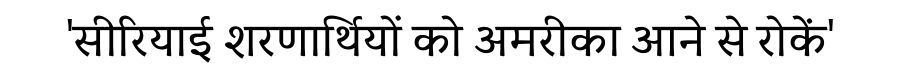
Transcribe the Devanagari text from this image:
'सीरियाई शरणार्थियों को अमरीका आने से रोकें'